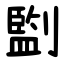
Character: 㔋